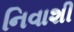
નિવાશી